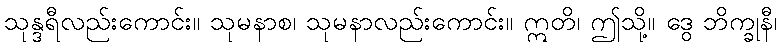
သုန္ဒရီလည်းကောင်း။ သုမနာစ၊ သုမနာလည်းကောင်း။ ဣတိ၊ ဤသို့။ ဒွေ ဘိက္ခုနီ၊